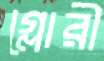
গ্লোরী